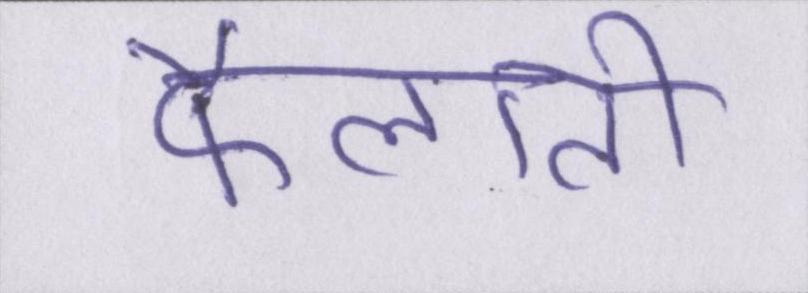
फैलाती